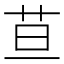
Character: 𦬹